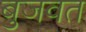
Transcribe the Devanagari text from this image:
बुजवत